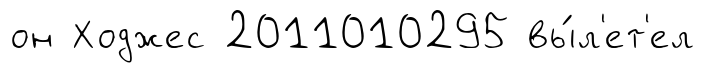
он Ходжес 2011010295 вы́л'ет'ел